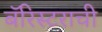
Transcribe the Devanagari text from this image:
बॅरिस्टराची